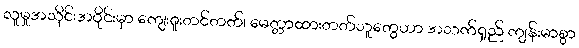
လူမှုအသိုင်းအဝိုင်းမှာ ကျေးဇူးတင်တတ်၊ မေတ္တာထားတတ်သူတွေဟာ အသက်ရှည် ကျန်းမာစွာ